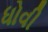
ધોવી